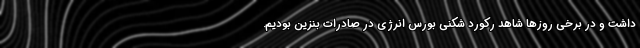
داشت و در برخی روزها شاهد رکورد شکنی بورس انرژی در صادرات بنزین بودیم.